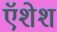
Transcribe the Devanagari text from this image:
ऍशेश